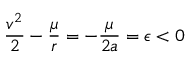
{ \frac { v ^ { 2 } } { 2 } } - { \frac { \mu } { r } } = - { \frac { \mu } { 2 a } } = \epsilon < 0